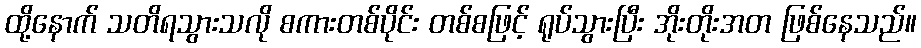
ထို့နောက် သတိရသွားသလို စကားတစ်ပိုင်း တစ်စဖြင့် ရုပ်သွားပြီး အိုးတိုးအတ ဖြစ်နေသည်။